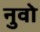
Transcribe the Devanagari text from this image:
नुवो